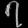
Digit: ၇